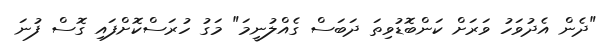
"ދެން އެދުވަހު ވަރަށް ކަންބޮޑުވިތަ ދަބަސް ގެއްލުނީމަ" މަގު ހުރަސްކޮށްފައި ގޮސް ފުނަ